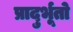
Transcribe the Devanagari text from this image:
प्रादुर्भूतो